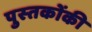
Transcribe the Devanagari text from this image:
पुस्‍तकोंकी